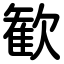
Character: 歓